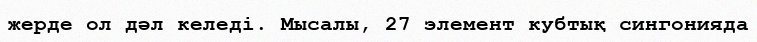
жерде ол дәл келеді. Мысалы, 27 элемент кубтық сингонияда